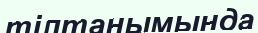
тілтанымында